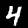
Digit: 4